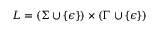
L = ( \Sigma \cup \{ \epsilon \} ) \times ( \Gamma \cup \{ \epsilon \} )